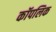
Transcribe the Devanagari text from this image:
कॉपलिक